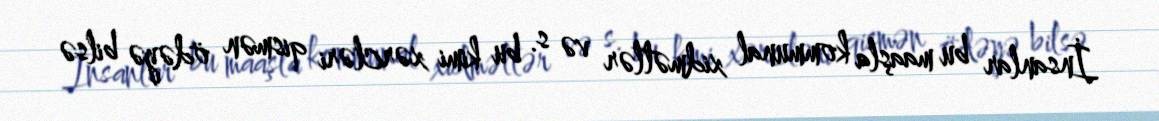
İnsanlar bu maaşla kommunal xidmətlər və s. bu kimi xərcləri qismən ödəyə bilsə